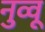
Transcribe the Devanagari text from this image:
नुव्वू